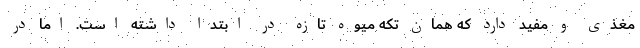
مغذی و مفید دارد که همان تکه میوه تازه در ابتدا داشته است. اما در